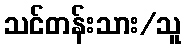
သင်တန်းသား/သူ